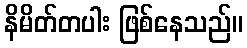
နိမိတ်တပါး ဖြစ်နေသည်။